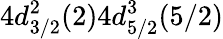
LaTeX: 4d_{3/2}^{2}(2)4d_{5/2}^{3}(5/2)